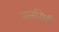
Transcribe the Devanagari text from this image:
सनसिटी